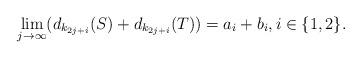
LaTeX: \begin{align*}\lim_{j\rightarrow\infty}(d_{k_{2j+i}}(S)+d_{k_{2j+i}}(T))=a_i+b_i,i\in\{1,2\}.\end{align*}